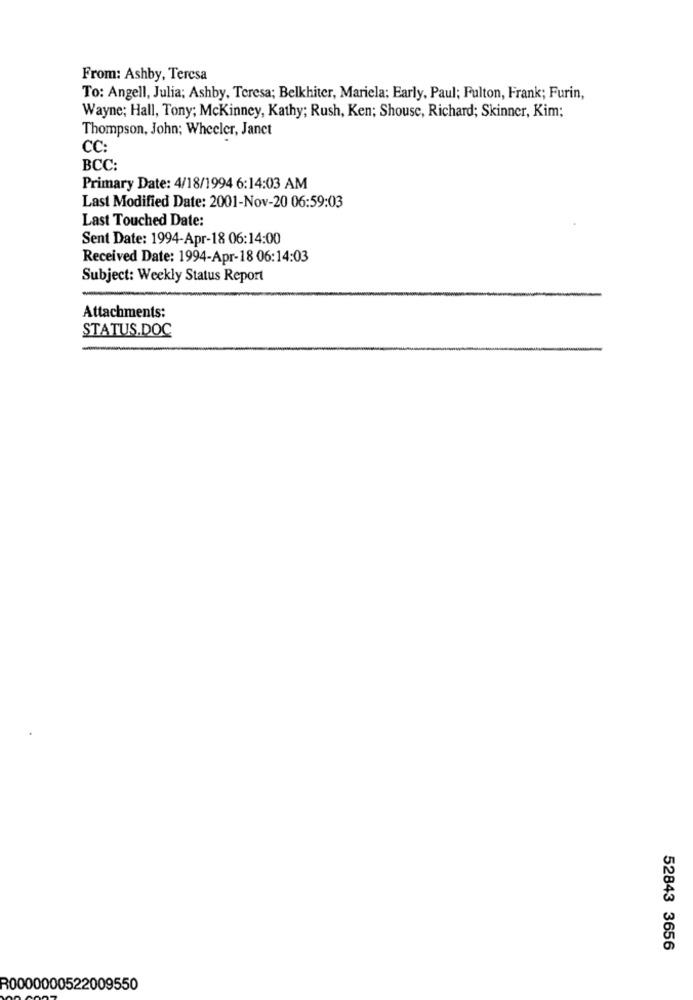
From: Ashby, Teresa
To: Angell, Julia; Ashby, Teresa; Belkhiter, Mariela: Early, Paul; Fulton, Frank; Furin,
Wayne; Hall, Tony; Mckinney, Kathy; Rush, Ken; Shouse, Richard; Skinner, Kim;
Thompson, John; Wheeler, Janet
CC:
BCC:
Primary Date: 4/18/1994 6:14:03 AM
Last Modified Date: 2001-Nov-20 06:59:03
Last Touched Date:
Sent Date: 1994-Apr-18 06:14:00
Received Date: 1994-Apr-18 06:14:03
Subject: Weekly Status Report
Attachments:
STATUS.DOC
52843 3656
R0000000522009550